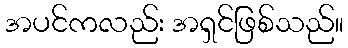
အပင်ကလည်း အရှင်ဖြစ်သည်။